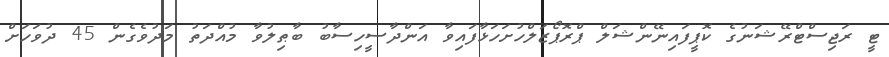
ޓީ ރަޖިސްޓްރޭޝަނުގެ ކޮޕީފައިނޭންޝަލް ޕްރޮޕޯޒަލްހުށަހަޅާފައިވާ އަންދާސީހިސާބު ބާޠިލުވާ މުއްދަތު މަދުވެގެން 45 ދުވަހަށް